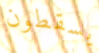
يسقطون